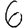
Digit: 6